Annual administration and progress report of the Indian Medical Department, Bombay
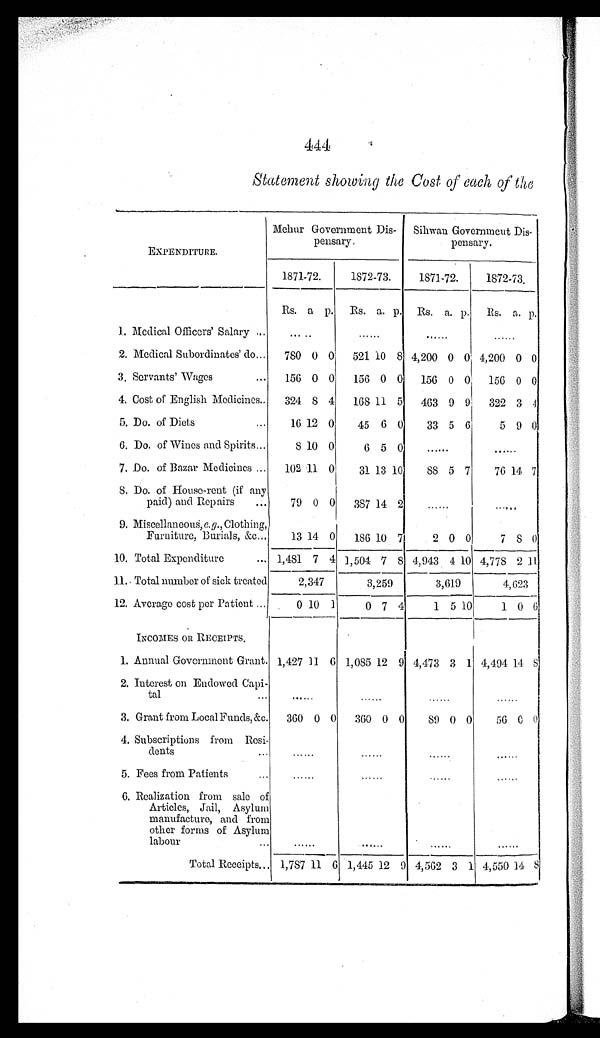
444
Statement showing the Cost of each of the
EXPENDITURE.
Mehur Government Dis-
pensary.
Sihwan Government Dis-
pensary.
1871-72.
1872-73.
1871-72.
1872-73.
Rs. a p.
Rs. a. p.
Rs.
a. p.
Rs. a. p.
1. Medical Officers' Salary . . .
. . .
. . .
. . .
. . .
2. Medical Subordinates' do . . .
780 0 0
521 10 8 4,200 0 0 4,200 0 0
3. Servants' Wages . . .
156 0 0
156 0 0
156 0 0
156 0 0
4. Cost of English Medicines . . .
324
8 4
168 11 5
463 9 9
322 3
4
5. Do. of Diets . . .
16 12 0
45
6 0
33 5 6
5 9 0
6. Do. of Wines and Spirits . . .
8 10 0
6 5 0
. . .
. . .
7. Do. of Bazar Medicines . . .
102 11 0
31 13 10
88 5 7
76 14 7
8. Do. of House-rent (if any
paid) and Repairs . . .
79 0 0
387 14 2
. . .
. . .
9. Miscellaneous, e. g., Clothing,
Furniture, Burials, &c . . .
13 14 0
186 10 7
2 0 0
7 8 0
10. Total Expenditure . . . 1,481 7 4 1,504 7
8 4,943 4 10 4,778 2 11
11. Total number of sick treated
2,347
3,259
3,619
4,623
12. Average cost per Patient . . .
0 10 1
0 7 4
1 5 10
1 0 6
INCOMES OR RECEIPTS.
1. Annual Government Grant. 1,427 11 6 1,085 12 9 4,473 3 1 4,494 14
8
2. Interest on Endowed Capi-
tal . . .
. . .
. . .
. . .
. . .
3. Grant from Local Funds, &c.
360 0 0
360 0 0
89 0 0
56 0 0
4. Subscriptions from Resi-
dents . . .
. . .
. . .
. .
. . .
5. Fees from Patients . . .
. . .
. . .
. . .
. . .
6. Realization from sale of
Articles, Jail, Asylum
manufacture, and from
other forms of Asylum
labour . . .
. . .
. . .
. . .
. . .
Total Receipts . . . 1,787 11 6 1,445 12 9 4,562 3 1
4,550 14
8